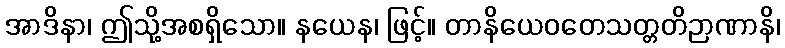
အာဒိနာ၊ ဤသို့အစရှိသော။ နယေန၊ ဖြင့်။ တာနိယေဝတေသတ္တတိဉာဏာနိ၊